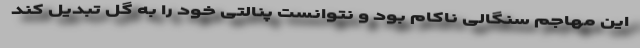
این مهاجم سنگالی ناکام بود و نتوانست پنالتی خود را به گل تبدیل کند